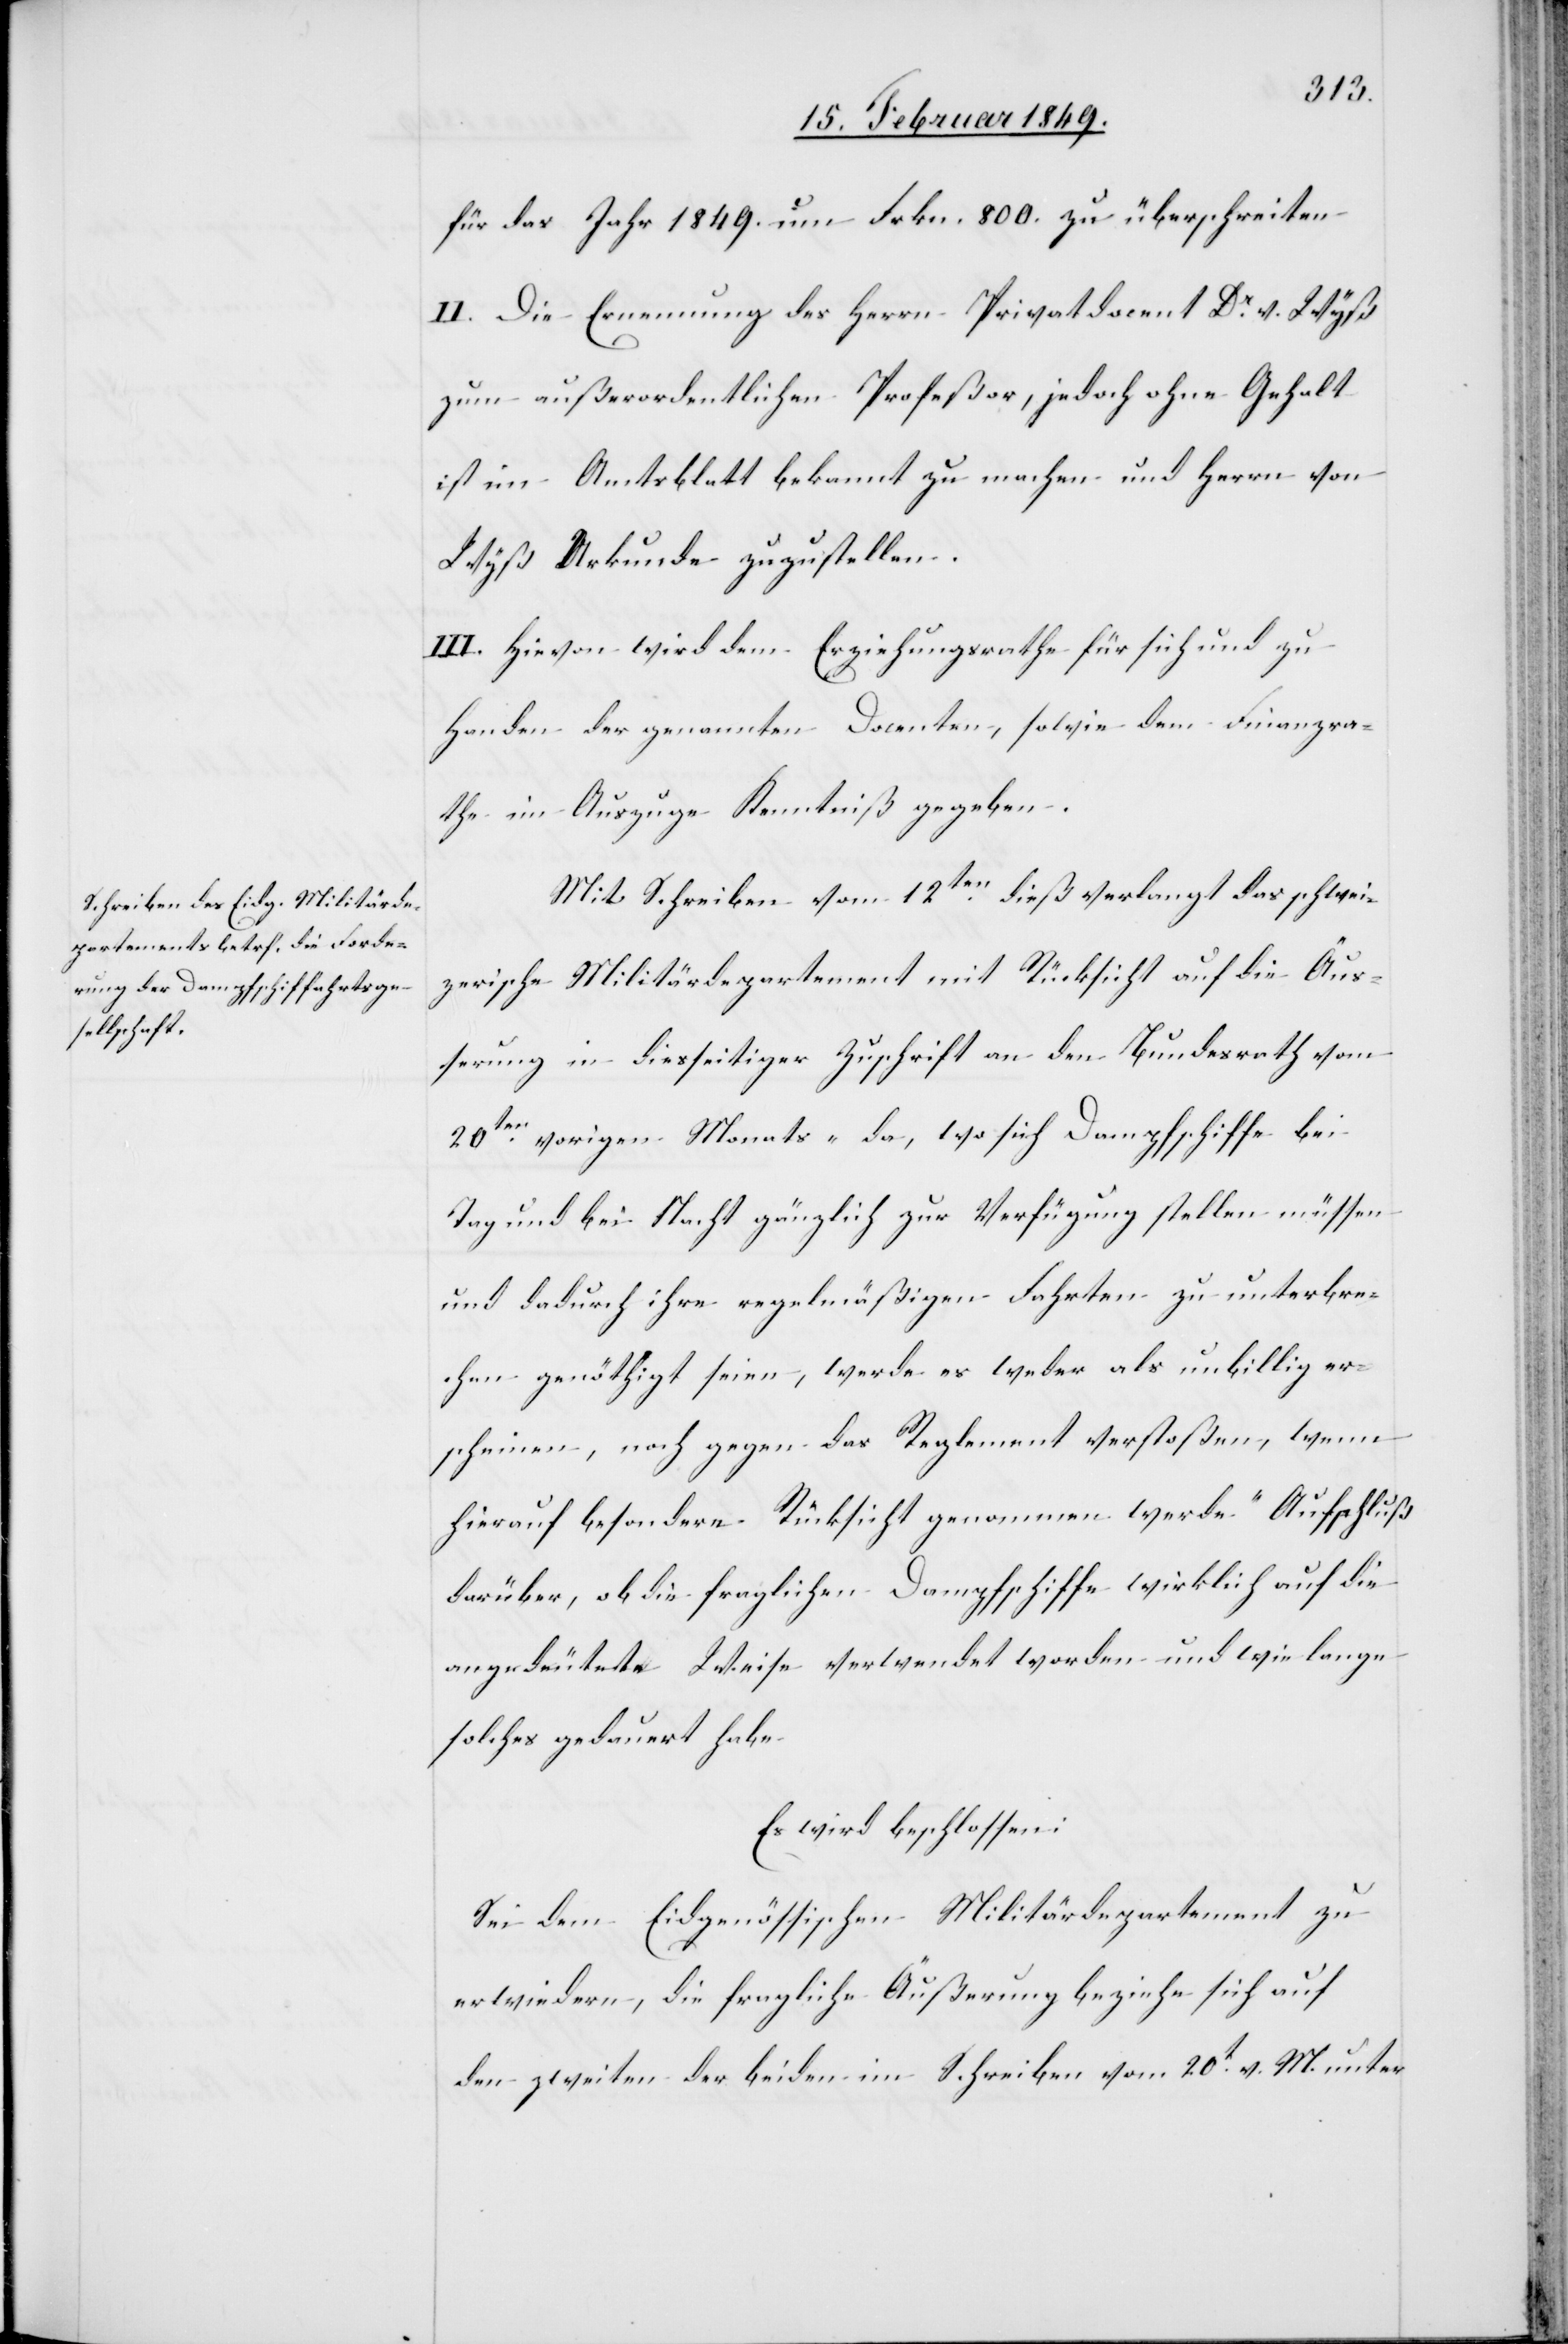
für das Jahr 1849. um Frkn. 800. zu überschreiten
II. Die Ernennung des Herrn Privatdocent Dr. v. Wyß
zum außerordentlichen Profeßor, jedoch ohne Gehalt
ist im Amtsblatt bekannt zu machen und Herrn von
Wyß Urkunde zuzustellen.
III. Hievon wird dem Erziehungsrathe für sich und zu
Handen der genannten Docenten, sowie dem Finanzra¬
the im Auszuge Kenntniß gegeben.
Mit Schreiben vom 12ten. dieß verlangt das schwei¬
zerische Militärdepartement mit Rücksicht auf die Äuß¬
erung in diesseitiger Zuschrift an den Bundesrath vom
20ten. vorigen Monats „da, wo sich Dampfschiffe bei
Tag und bei Nacht gänzlich zur Verfügung stellen müssen
und dadurch ihre regelmäßigen Fahrten zu unterbre¬
chen genöthigt seien, werde es weder als unbillig er¬
scheinen, noch gegen das Reglement verstoßen, wenn
hierauf besondere Rücksicht genommen werde.“ Aufschluß
darüber, ob die fraglichen Dampfschiffe wirklich auf die
angedeutete Weise verwendet worden und wie lange
soches gedauert habe
Es wird beschlossen:
Sei dem Eidgenössischen Militärdepartement zu
erwiedern, die fragliche Äußerung beziehe sich auf
den zweiten der beiden im Schreiben vom 20t. v. M. unter[-]